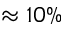
\approx 1 0 \%